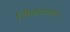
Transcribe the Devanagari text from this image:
शिकवणार